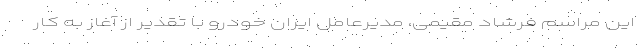
این مراسم فرشاد مقیمی، مدیرعامل ایران خودرو با تقدیر از آغاز به کار